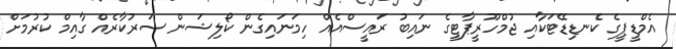
އެމްޑީޕީގެ ކެނޑިޑޭޓަކާއި ޖުމްހޫރީޕާޓީގެ ނައިބު ރައީސްއެއް ހިމަނައިގެން ކޯލިޝަން ސަރުކާރެއް ގާއިމް ކުރުމަށް